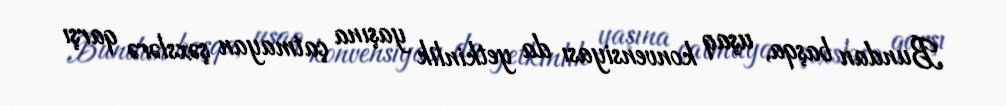
Bundan başqa, uşaq konvensiyası da yetkinlik yaşına çatmayan şəxslərə qarşı